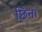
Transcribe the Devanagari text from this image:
छिना